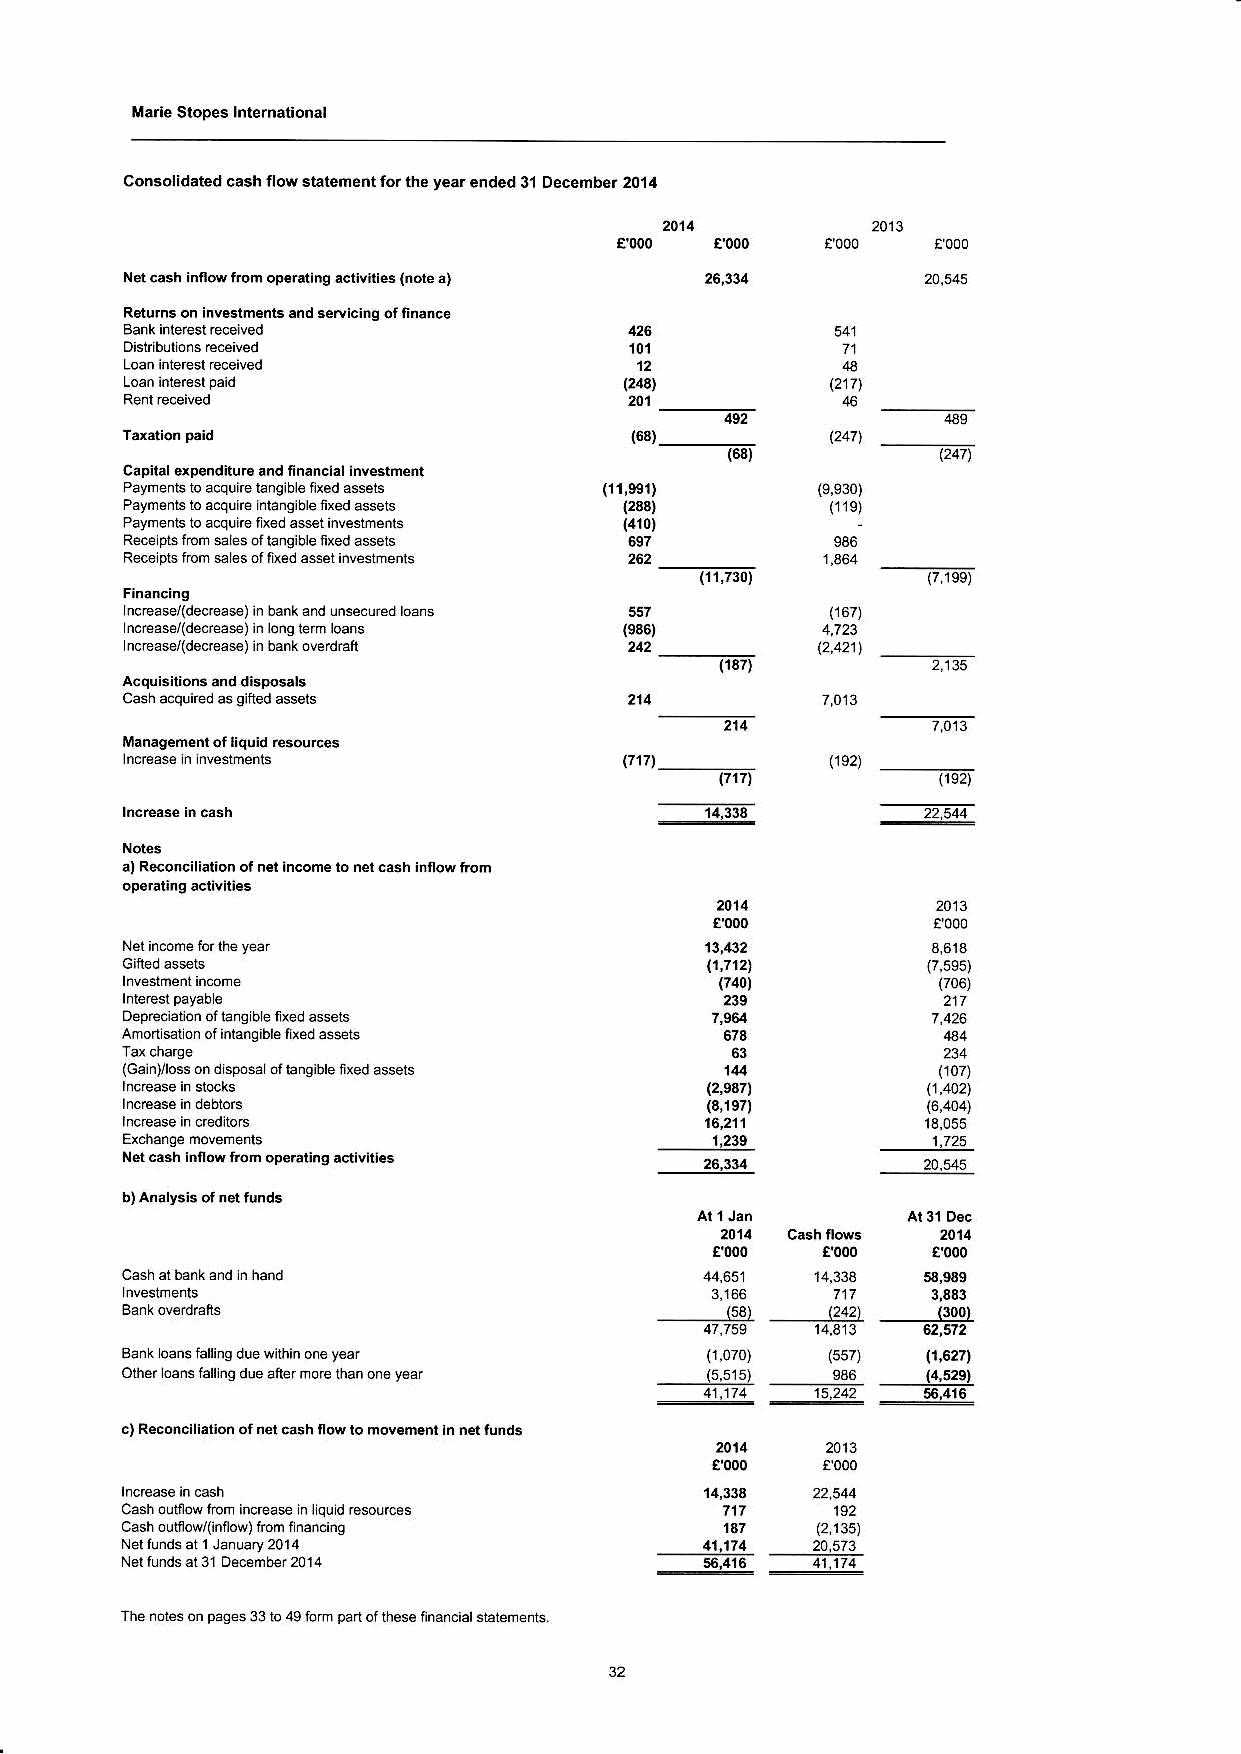
Marie Stopes lnlernational
 Consolidated ca3h flow statement for the year ended 31 Decenber 2014
 Nel cash infiafiom op€r.iins acliviries {nob 4
 Roluhs on inv.slmenls.nd setuicins orfinance
 101
 (u3)
 12171
 492
 (G8)_
 (63)
 Capilal erpenditu16 and tinancial investment
 Payments 10 acqu re lang be fxed assels (11,9SO
 Payments to acqu re nrans b€ fixed assels (233) (r9)
 Paymenls 10 ac'ru rc rxed as*tinvestmenls (410)
 Re.e pb lmm e es otans be fixed assels 597
 Rece pc irom e es ol fied assel iivesrmenrs --(i1,?frt
 nccase/(decrca*) n baikand uisedured oans
 mrea*(dede.*) n ons krm oais    (e36)
 ncrease/(decrea*) n bank overdrah  ------liE
 cash a.quned as sned assets       214
 ,tr13
 i4anagemenr of iiquid resources
 (r92) _
 17111
 1117)         1192)
 1a-33
 2014
 11,7121
 17401
 239
 oepred aton or bns be r:ed assels
 Amons onof i.lanqibre,xed.ssers
 (Ga n)rross on d sposa orbns ble ried assets
 (2,937)
 (3,197)
 26,33a        20,545
 2Il'11 ndr
 Cash
 et00   ltoo
 (53)   (242t
 (3oo)
 62,512
 B ola hn ek r o o2 an is s t lu ar nri n no s d du ue e w al ,h tein rm o oie re v te ha ar f, one year (5,5i5) ( sss 37) 6 {1 41 5,6 22 971 )
 41,',114 15,242
 56,416
 .) Reconcirisrion ofnd cash flowto mov.6.nr tn nd runds
 Cash ou$owImm increa* n qudGsources            192
 cash o utaow/(inr ow ) rom riaid,ns           (2,1351
 Ner runds ar 1Janu.ry2014              11,114 20.573
 Nei ar 31 Decemb€r 2011                    _____lltlL
 'unds